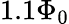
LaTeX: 1.1\Phi_{0}